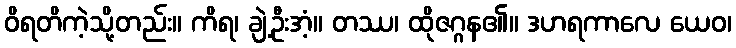
ဝိရတိကဲ့သို့တည်း။ ကိရ၊ ချဲ့ဦးအံ့။ တဿ၊ ထိုဇဂ္ဂန၏။ ဒဟရကာလေ ယေဝ၊